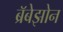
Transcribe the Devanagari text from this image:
ब्रॅबेझोन